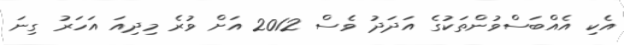
އެކި އެއްބަސްވުންތަކުގެ އަދަދު ވެސް 2012 އަށް ވުރެ މިދިއަ އަހަރު ގިނަ